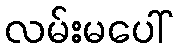
လမ်းမပေါ်